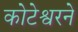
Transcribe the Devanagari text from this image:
कोटेश्वरने